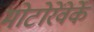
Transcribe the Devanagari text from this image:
मोटोरेंवेर्के